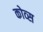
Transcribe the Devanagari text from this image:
कोव्स